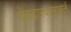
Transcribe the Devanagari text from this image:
पेचदारवामावर्त